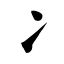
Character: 冫